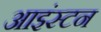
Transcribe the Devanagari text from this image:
आइंस्टन